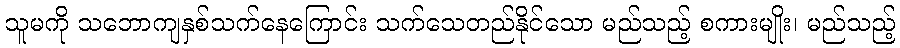
သူမကို သဘောကျနှစ်သက်နေကြောင်း သက်သေတည်နိုင်သော မည်သည့် စကားမျိုး၊ မည်သည့်